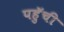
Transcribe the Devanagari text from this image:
पहुॅची